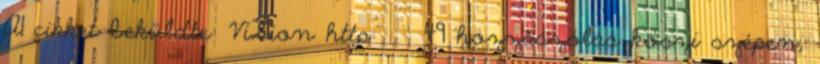
A cikket beküldte: ViZion http: 49 hozzászólás köszi szépen,